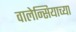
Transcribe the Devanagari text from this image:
वालेन्सियाच्या